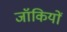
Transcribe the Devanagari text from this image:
जॉकियों